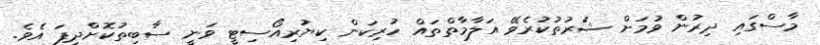
މާސްގައި ދިރުން ވުމަށް ޝަރުތުކުރެވޭ އަލާމާތްތައް ހުރިކަން ކިޔުރިއޯސިޓީ ވަނީ ސާބިތުކޮށްދީފަ އެވެ.